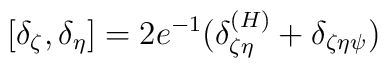
[ \delta_\zeta, \delta_\eta ] = 2e^{-1} ( \delta^{(H)}_{\zeta\eta} + \delta_{\zeta\eta\psi})